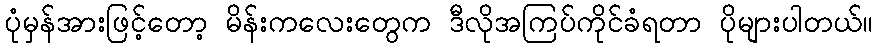
ပုံမှန်အားဖြင့်တော့ မိန်းကလေးတွေက ဒီလိုအကြပ်ကိုင်ခံရတာ ပိုများပါတယ်။